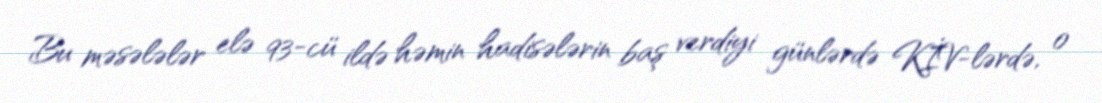
Bu məsələlər elə 93-cü ildə həmin hadisələrin baş verdiyi günlərdə KİV-lərdə, o